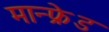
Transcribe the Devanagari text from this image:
मान्फ्रेड